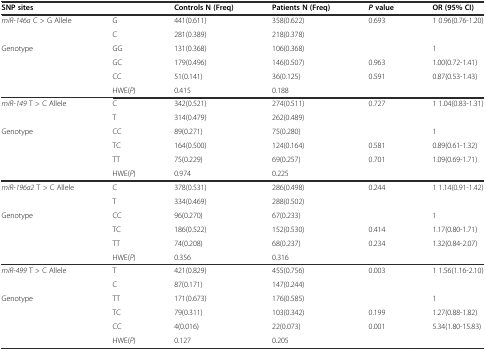
<table><thead><tr><td colspan="2"><b>SNP sites</b></td><td><b>Controls N (Freq)</b></td><td><b>Patients N (Freq)</b></td><td><b><i>P</i>value</b></td><td><b>OR (95% CI)</b></td></tr></thead><tbody><tr><td rowspan="2"><i>miR-146a</i> C &gt; G Allele</td><td>G</td><td>441(0.611)</td><td>358(0.622)</td><td rowspan="2">0.693</td><td rowspan="2">1 0.96(0.76-1.20)</td></tr><tr><td>C</td><td>281(0.389)</td><td>218(0.378)</td></tr><tr><td rowspan="3">Genotype</td><td>GG</td><td>131(0.368)</td><td>106(0.368)</td><td></td><td>1</td></tr><tr><td>GC</td><td>179(0.496)</td><td>146(0.507)</td><td>0.963</td><td>1.00(0.72-1.41)</td></tr><tr><td>CC</td><td>51(0.141)</td><td>36(0.125)</td><td>0.591</td><td>0.87(0.53-1.43)</td></tr><tr><td></td><td>HWE(<i>P</i>)</td><td>0.415</td><td>0.188</td><td></td><td></td></tr><tr><td rowspan="2"><i>miR-149</i> T &gt; C Allele</td><td>C</td><td>342(0.521)</td><td>274(0.511)</td><td rowspan="2">0.727</td><td rowspan="2">1 1.04(0.83-1.31)</td></tr><tr><td>T</td><td>314(0.479)</td><td>262(0.489)</td></tr><tr><td rowspan="3">Genotype</td><td>CC</td><td>89(0.271)</td><td>75(0.280)</td><td></td><td>1</td></tr><tr><td>TC</td><td>164(0.500)</td><td>124(0.164)</td><td>0.581</td><td>0.89(0.61-1.32)</td></tr><tr><td>TT</td><td>75(0.229)</td><td>69(0.257)</td><td>0.701</td><td>1.09(0.69-1.71)</td></tr><tr><td></td><td>HWE(<i>P</i>)</td><td>0.974</td><td>0.225</td><td></td><td></td></tr><tr><td rowspan="2"><i>miR-196a2</i> T &gt; C Allele</td><td>C</td><td>378(0.531)</td><td>286(0.498)</td><td rowspan="2">0.244</td><td rowspan="2">1 1.14(0.91-1.42)</td></tr><tr><td>T</td><td>334(0.469)</td><td>288(0.502)</td></tr><tr><td rowspan="3">Genotype</td><td>CC</td><td>96(0.270)</td><td>67(0.233)</td><td></td><td>1</td></tr><tr><td>TC</td><td>186(0.522)</td><td>152(0.530)</td><td>0.414</td><td>1.17(0.80-1.71)</td></tr><tr><td>TT</td><td>74(0.208)</td><td>68(0.237)</td><td>0.234</td><td>1.32(0.84-2.07)</td></tr><tr><td></td><td>HWE(<i>P</i>)</td><td>0.356</td><td>0.316</td><td></td><td></td></tr><tr><td rowspan="2"><i>miR-499</i> T &gt; C Allele</td><td>T</td><td>421(0.829)</td><td>455(0.756)</td><td rowspan="2">0.003</td><td rowspan="2">1 1.56(1.16-2.10)</td></tr><tr><td>C</td><td>87(0.171)</td><td>147(0.244)</td></tr><tr><td rowspan="3">Genotype</td><td>TT</td><td>171(0.673)</td><td>176(0.585)</td><td></td><td>1</td></tr><tr><td>TC</td><td>79(0.311)</td><td>103(0.342)</td><td>0.199</td><td>1.27(0.88-1.82)</td></tr><tr><td>CC</td><td>4(0.016)</td><td>22(0.073)</td><td>0.001</td><td>5.34(1.80-15.83)</td></tr><tr><td></td><td>HWE(<i>P</i>)</td><td>0.127</td><td>0.205</td><td></td><td></td></tr></tbody></table>